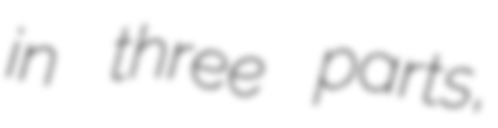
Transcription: in three parts,